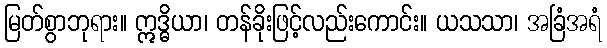
မြတ်စွာဘုရား။ ဣဒ္ဓိယာ၊ တန်ခိုးဖြင့်လည်းကောင်း။ ယသသာ၊ အခြံအရံ